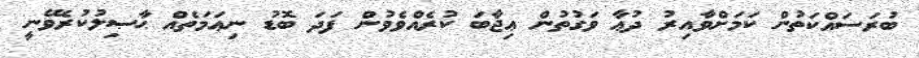
ބުރަސައްކަތުން ކަމަށްވާއިރު ދުޢާ ވަގުތުން ޢިޖާބަ ކުރެއްވެވުން ފަދަ ބޮޑު ނިޢަމަތެއް ޙާޞިލުކުރެވޭނީ